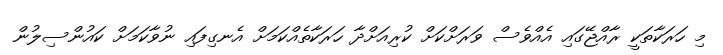
މި ހަރަކާތަކީ ރާއްޖޭގައި އެއްވެސް ވަރަށްކަށް ކުރިއަށްދާ ހަރަކާތެއްކަމަށް އެނގިފައި ނުވާކަމަށް ކައުންސިލުން